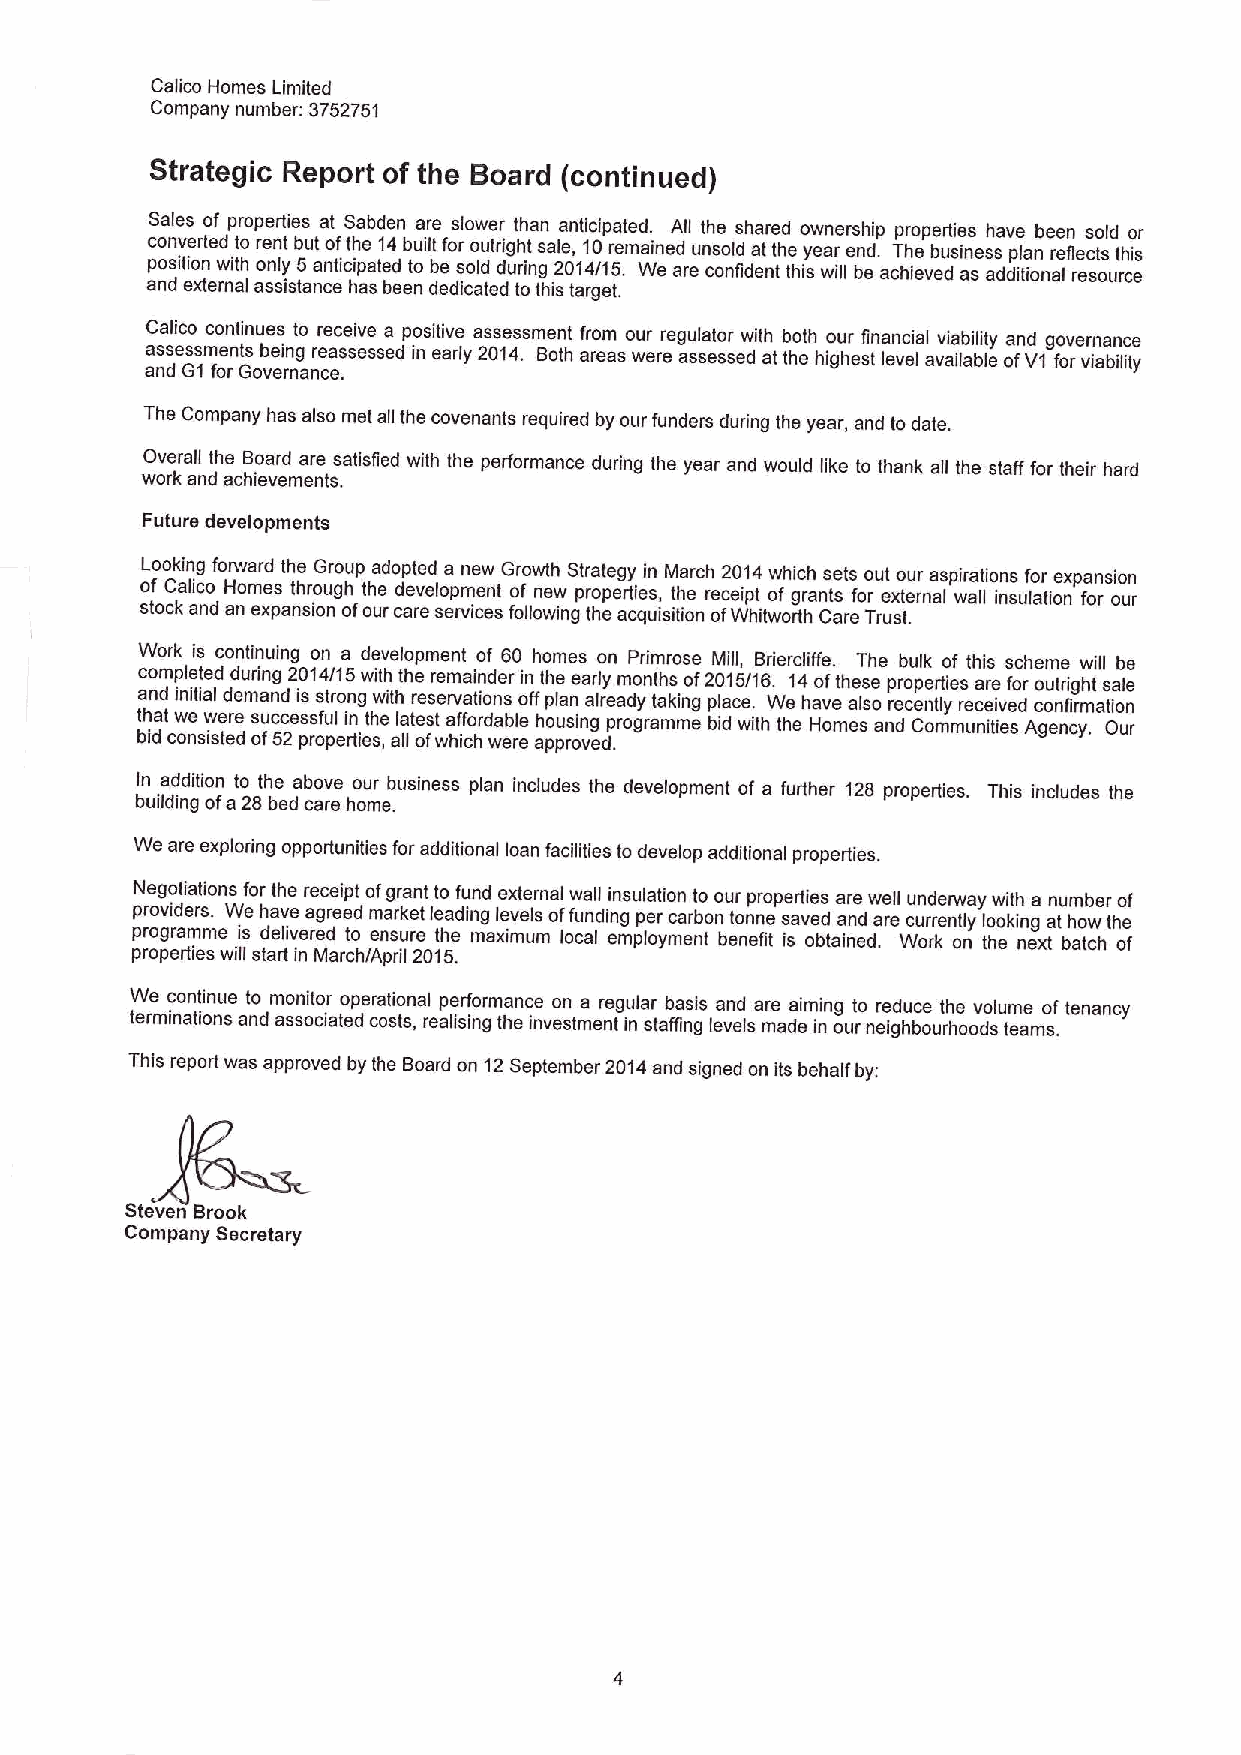
Calico Homes Limited
 Company number: 3752751
 Strategic Report of the Board (continued)
 Sales of properties at Sabden are slower than anticipated. All the shared ownership propeAies have been sold or
 converted to rent but ofthe 14built for outright sale, 10remained unsold at the year end. The business plan reflects this
 position with only 5anticipated to be sold during 2014/15. We are confident this will be achieved as additional resource
 and external assistance has been dedicated to this target.
 Calico continues to receive a positive assessment from our regulator with both our financial viability and governance
 aa nss des Gsm 1e fon rts Gob ve ei rn ng anr ce ea .ssessed in early 2014. Both areas were assessed at the highest level available ofV1 for viability
 The Company has also met all the covenants required by our funders during the year, and to date.
 Overall the Board are satisfied with the performance during the year and would like to thank all the staff for their hard
 work and achievements.
 Future developments
 Looking forward the Group adopted a new Growth Strategy in March 2014which sets out our aspirations for expansion
 of Calico Homes through the development of new properties, the receipt of grants for external wall insulation for our
 stock and an expansion ofour care services following the acquisition ofWhitworth Care Trust.
 Work is continuing on a development of 60 homes on Primrose Mill, Briercliffe. The bulk of this scheme will be
 completed during 2014/15 with the remainder in the early months of2015/16. 14ofthese properties are for outright sale
 and initial demand is strong with reservations offplan already taking place. We have also recently received confirmation
 that we were successful in the latest affordable housing programme bid with the Homes and Communities Agency. Our
 bid consisted of52 properties, all ofwhich were approved.
 In addition to the above our business plan includes the development of a further 128 properties. This includes the
 building ofa 28 bed care home.
 We are exploring opportunities for additional loan facilities todevelop additional properties.
 Negotiations for the receipt ofgrant to fund external wall insulation to our properties are well underway with a number of
 providers. We have agreed market leading levels offunding per carbon tonne saved and are currently looking at how the
 programme is delivered to ensure the maximum local employment benefit is obtained. Work on the next batch of
 properties will start in March/April 2015.
 We continue to monitor operational performance on a regular basis and are aiming to reduce the volume of tenancy
 terminations end associated costs, realising the investment in staffing levels made in our neighbourhoods teams.
 This report was approved by the Board on 12September 2014and signed on its behalf by;
 Steven Brook
 Company Secretary